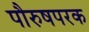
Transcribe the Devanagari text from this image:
पौरुषपरक